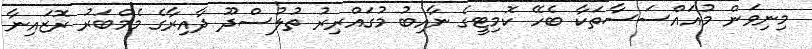
މިނިވަން މުއައްސަސާތަކާ ބެހޭ ކޮމިޓީގެ ނާއިބު މުގައްރިރު ތުލުސްދޫ ދާއިރާގެ މެމްބަރު ރޮޒައިނާ